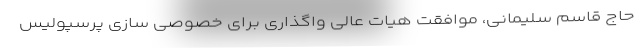
حاج قاسم سلیمانی، موافقت هیات عالی واگذاری برای خصوصی سازی پرسپولیس